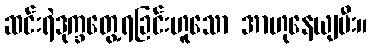
ဆင်းရဲဒုက္ခတွေ့ရခြင်းဟူသော အာဟုနေယျမီး။